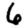
Digit: 6